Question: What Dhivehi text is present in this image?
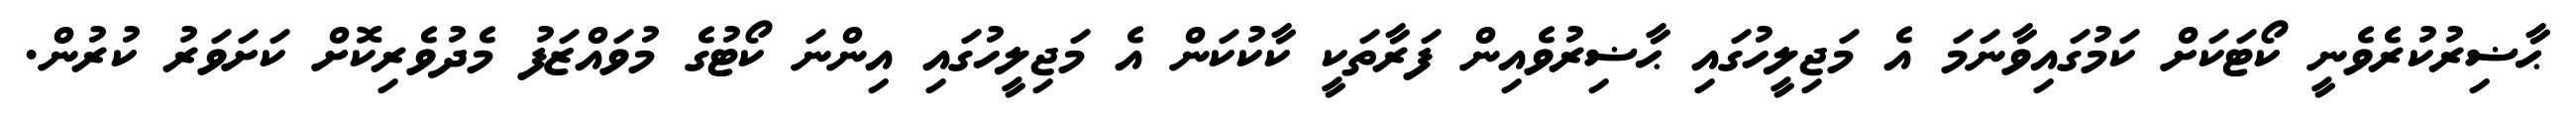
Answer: ޙާޟިރުކުރެވެނީ ކޯޓަކަށް ކަމުގައިވާނަމަ އެ މަޖިލީހުގައި ޙާޟިރުވެއިން ފަރާތަކީ ކާކުކަން އެ މަޖިލީހުގައި އިންނަ ކޯޓުގެ މުވައްޒަފު މެދުވެރިކޮށް ކަށަވަރު ކުރުން.